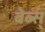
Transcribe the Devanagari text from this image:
बेब्स्